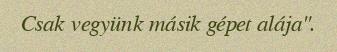
Csak vegyünk másik gépet alája".